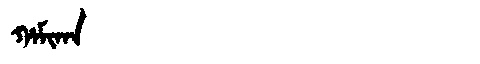
Manchu: ᡥᠠᠮᡳᡴᠠ
Romanization: HAMIKA